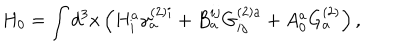
H _ { 0 } = \int d ^ { 3 } x \left( H _ { i } ^ { a } \gamma _ { a } ^ { ( 2 ) i } + B _ { a } ^ { i j } G _ { i j } ^ { ( 2 ) a } + A _ { 0 } ^ { a } G _ { a } ^ { ( 2 ) } \right) ,